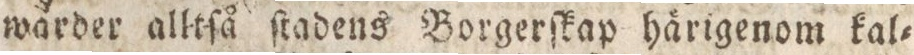
wärder alltſå ſtadens Borgerſkap härigenom kal=